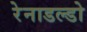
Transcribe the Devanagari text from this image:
रेनाडल्डो